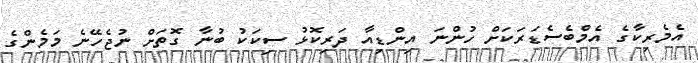
އެމެރިކާގެ އެމްބެސެޑަރަކަށް ހުންނަ އިންޑިއާ ދަރިކޮޅު ސިކަކު ބުނާ ގޮތަށް ނުޖެހޭނެ މަމެންގެ